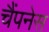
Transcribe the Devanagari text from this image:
चैंपनेस